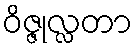
ဝိဇ္ဇုလ္လတာ